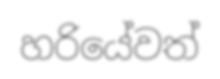
හරියේවත්